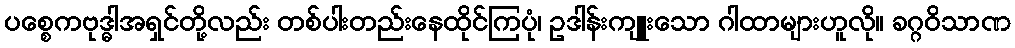
ပစ္စေကဗုဒ္ဓါအရှင်တို့လည်း တစ်ပါးတည်းနေထိုင်ကြပုံ၊ ဥဒါန်းကျူးသော ဂါထာများဟူလို။ ခဂ္ဂဝိသာဏ